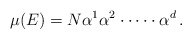
\begin{align*}\mu(E) = N \alpha^{1}\alpha^{2}\cdot \dots \cdot \alpha^{d} \, .\end{align*}